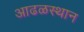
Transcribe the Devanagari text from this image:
आढळस्थान